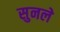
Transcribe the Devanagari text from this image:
सुनले